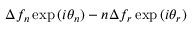
\Delta f _ { n } \exp { ( i \theta _ { n } ) } - n \Delta f _ { r } \exp { ( i \theta _ { r } ) }